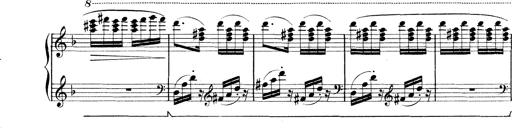
Title: Rapsodie: 19 ungheresi, 1 spagnuola
Composer: Franz Liszt